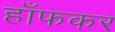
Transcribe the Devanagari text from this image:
हाँफकर